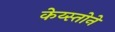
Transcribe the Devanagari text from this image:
केय्स्तोने